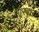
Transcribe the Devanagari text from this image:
मारबार